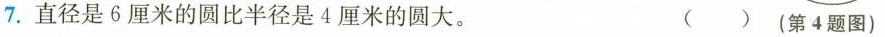
7.直径是6厘米的圆比半径是4厘米的圆大。 ()(第4题图)